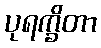
ပုရက္ခိတာ